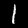
Digit: 1